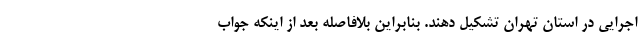
اجرایی در استان تهران تشکیل دهند. بنابراین بلافاصله بعد از اینکه جواب